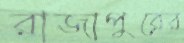
রাজাপুরের